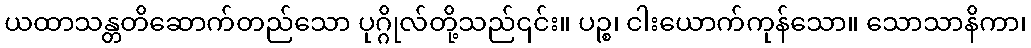
ယထာသန္တတိဆောက်တည်သော ပုဂ္ဂိုလ်တို့သည်၎င်း။ ပဉ္စ၊ ငါးယောက်ကုန်သော။ သောသာနိကာ၊